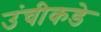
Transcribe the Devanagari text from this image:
उंचीकडे